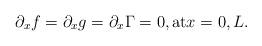
LaTeX: \begin{align*}&\partial_xf=\partial_xg=\partial_x\Gamma =0,\mbox{at}x=0,L.\end{align*}